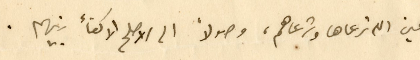
وعين الله ترعاها وترعاهم، وصولاً الى الاصلح الاكفأ بينهم.